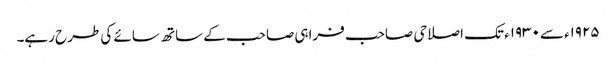
۱۹۲۵ء سے۱۹۳۰ء تک اصلاحی صاحب فراہی صاحب کے ساتھ سائے کی طرح رہے۔